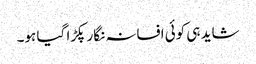
شاید ہی کوئی افسانہ نگار پکڑا گیا ہو۔